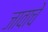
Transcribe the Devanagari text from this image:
जावाचे